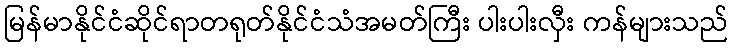
မြန်မာနိုင်ငံဆိုင်ရာတရုတ်နိုင်ငံသံအမတ်ကြီး ပါးပါးလှီး ကန်များသည်